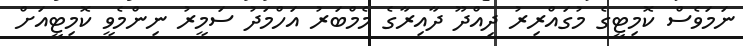
ނަމަވެސް ކޮމިޓީގެ މުގައްރިރު ދިއްދޫ ދާއިރާގެ މެމްބަރު އަހްމަދު ސަމީރު ނިންމެވީ ކޮމިޓީއަށް